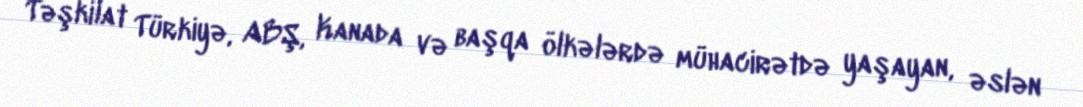
Təşkilat Türkiyə, ABŞ, Kanada və başqa ölkələrdə mühacirətdə yaşayan, əslən